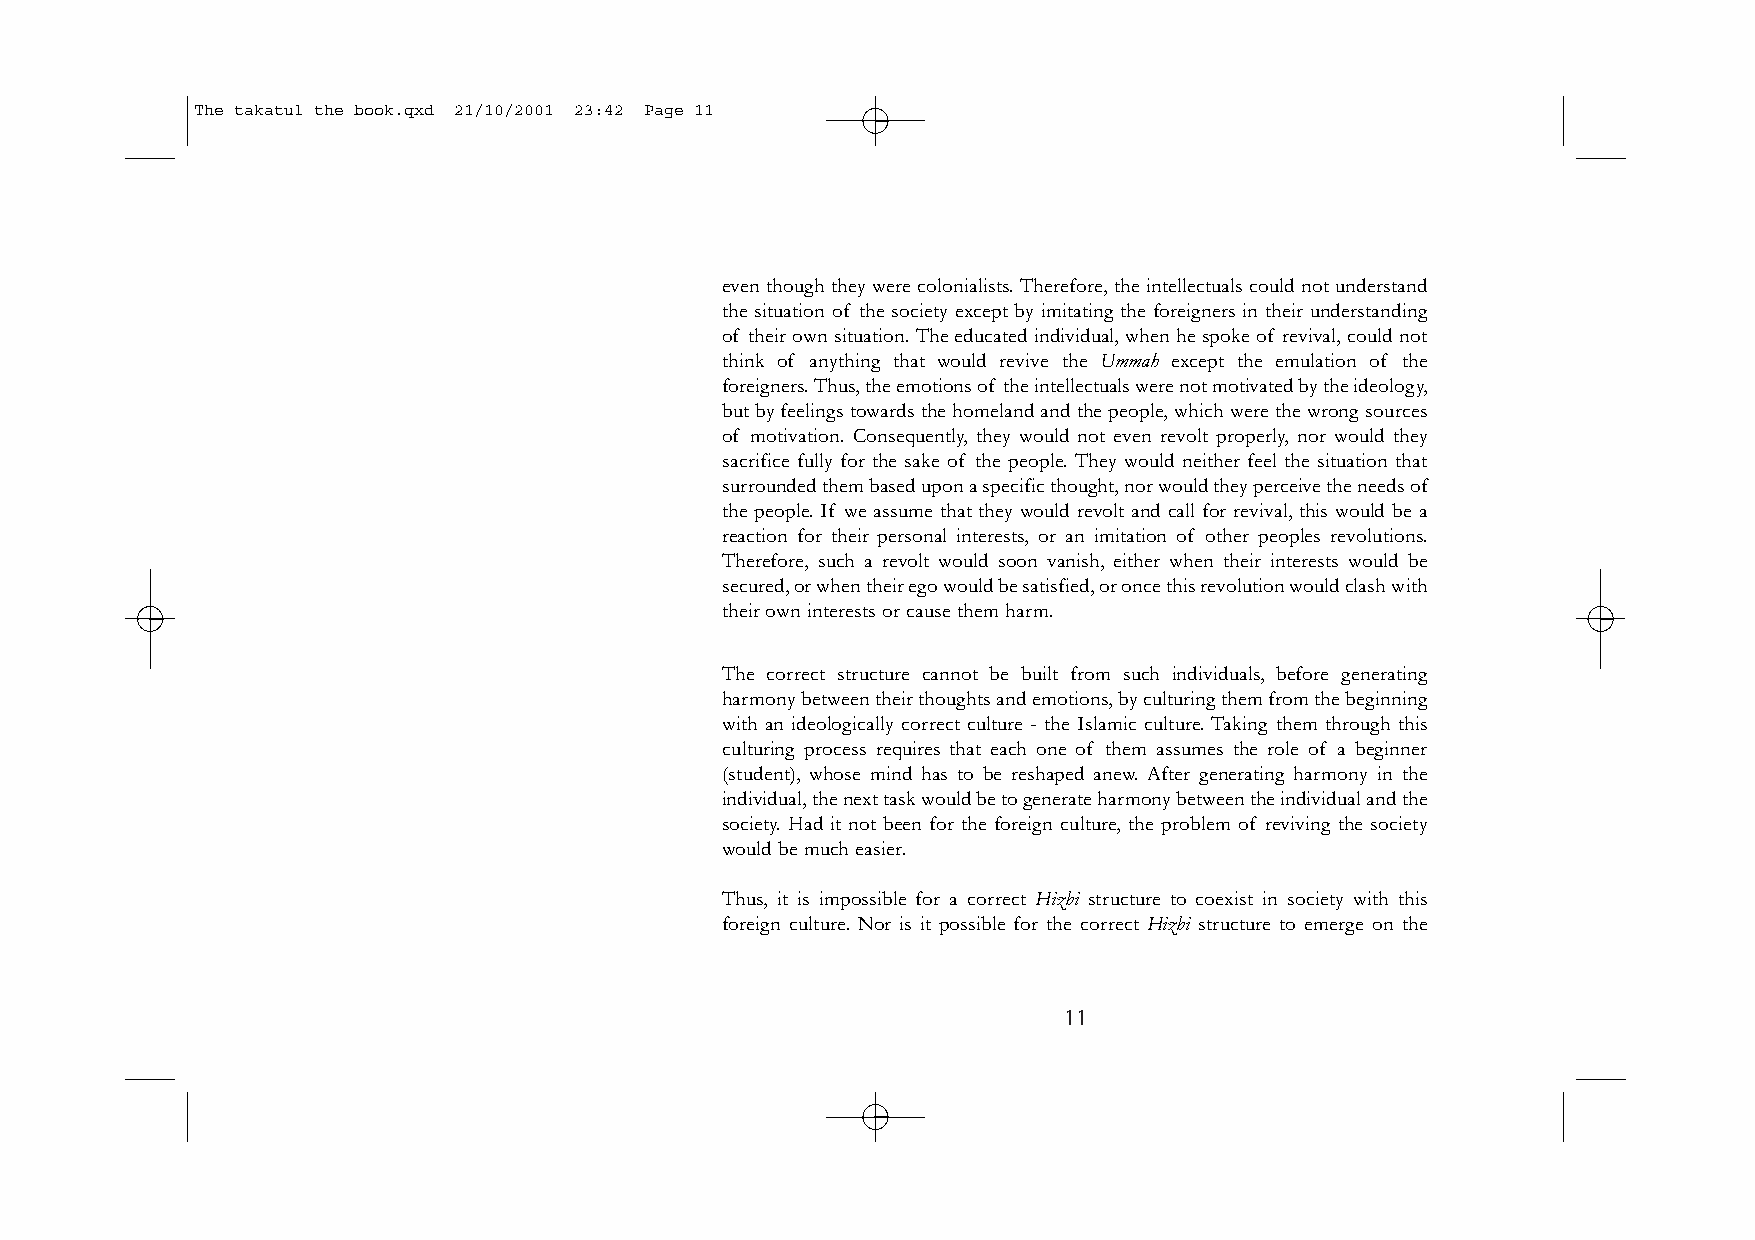
The takatul the book.qxd 21/10/2001 23:42 Page 11
 even though they were colonialists. Therefore, the intellectuals could not understand
 the situation of the society except by imitating the foreigners in their understanding
 of their own situation.The educated individual,when he spoke of revival,could not
 think of anything that would revive the Ummah except the emulation of the
 foreigners.Thus,the emotions of the intellectuals were not motivated by the ideology,
 but by feelings towards the homeland and the people,which were the wrong sources
 of motivation. Consequently, they would not even revolt properly, nor would they
 sacrifice fully for the sake of the people. They would neither feel the situation that
 surrounded them based upon a specific thought,nor would they perceive the needs of
 the people. If we assume that they would revolt and call for revival, this would be a
 reaction for their personal interests, or an imitation of other peoples revolutions.
 Therefore, such a revolt would soon vanish, either when their interests would be
 secured,or when their ego would be satisfied,or once this revolution would clash with
 their own interests or cause them harm.
 The correct structure cannot be built from such individuals, before generating
 harmony between their thoughts and emotions,by culturing them from the beginning
 with an ideologically correct culture - the Islamic culture. Taking them through this
 culturing process requires that each one of them assumes the role of a beginner
 (student), whose mind has to be reshaped anew. After generating harmony in the
 individual,the next task would be to generate harmony between the individual and the
 society. Had it not been for the foreign culture, the problem of reviving the society
 would be much easier.
 Thus, it is impossible for a correct Hizbi structure to coexist in society with this
 foreign culture. Nor is it possible for the correct Hizbi structure to emerge on the
 11